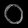
Digit: ၀